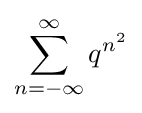
\sum _{n=-\infty }^{\infty }q^{n^{2}}